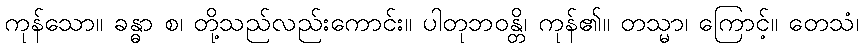
ကုန်သော။ ခန္ဓာ စ၊ တို့သည်လည်းကောင်း။ ပါတုဘဝန္တိ၊ ကုန်၏။ တသ္မာ၊ ကြောင့်။ တေသံ၊